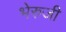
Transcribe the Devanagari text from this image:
भेरुजी